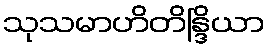
သုသမာဟိတိန္ဒြိယာ